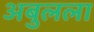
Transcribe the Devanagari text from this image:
अबुलला